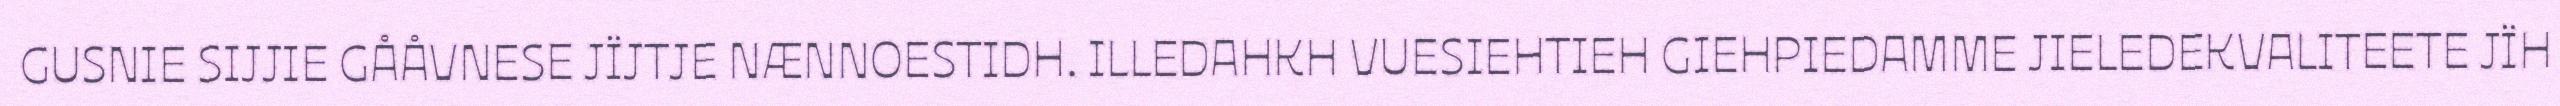
GUSNIE SIJJIE GÅÅVNESE JÏJTJE NÆNNOESTIDH. ILLEDAHKH VUESIEHTIEH GIEHPIEDAMME JIELEDEKVALITEETE JÏH